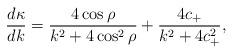
LaTeX: \begin{align*}\frac{d\kappa}{dk} = \frac{4\cos\rho}{ k^2+4\cos^2\rho} +\frac{4c_+}{ k^2+4c_+^2},\end{align*}